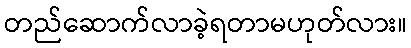
တည်ဆောက်လာခဲ့ရတာမဟုတ်လား။